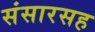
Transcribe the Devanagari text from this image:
संसारसह